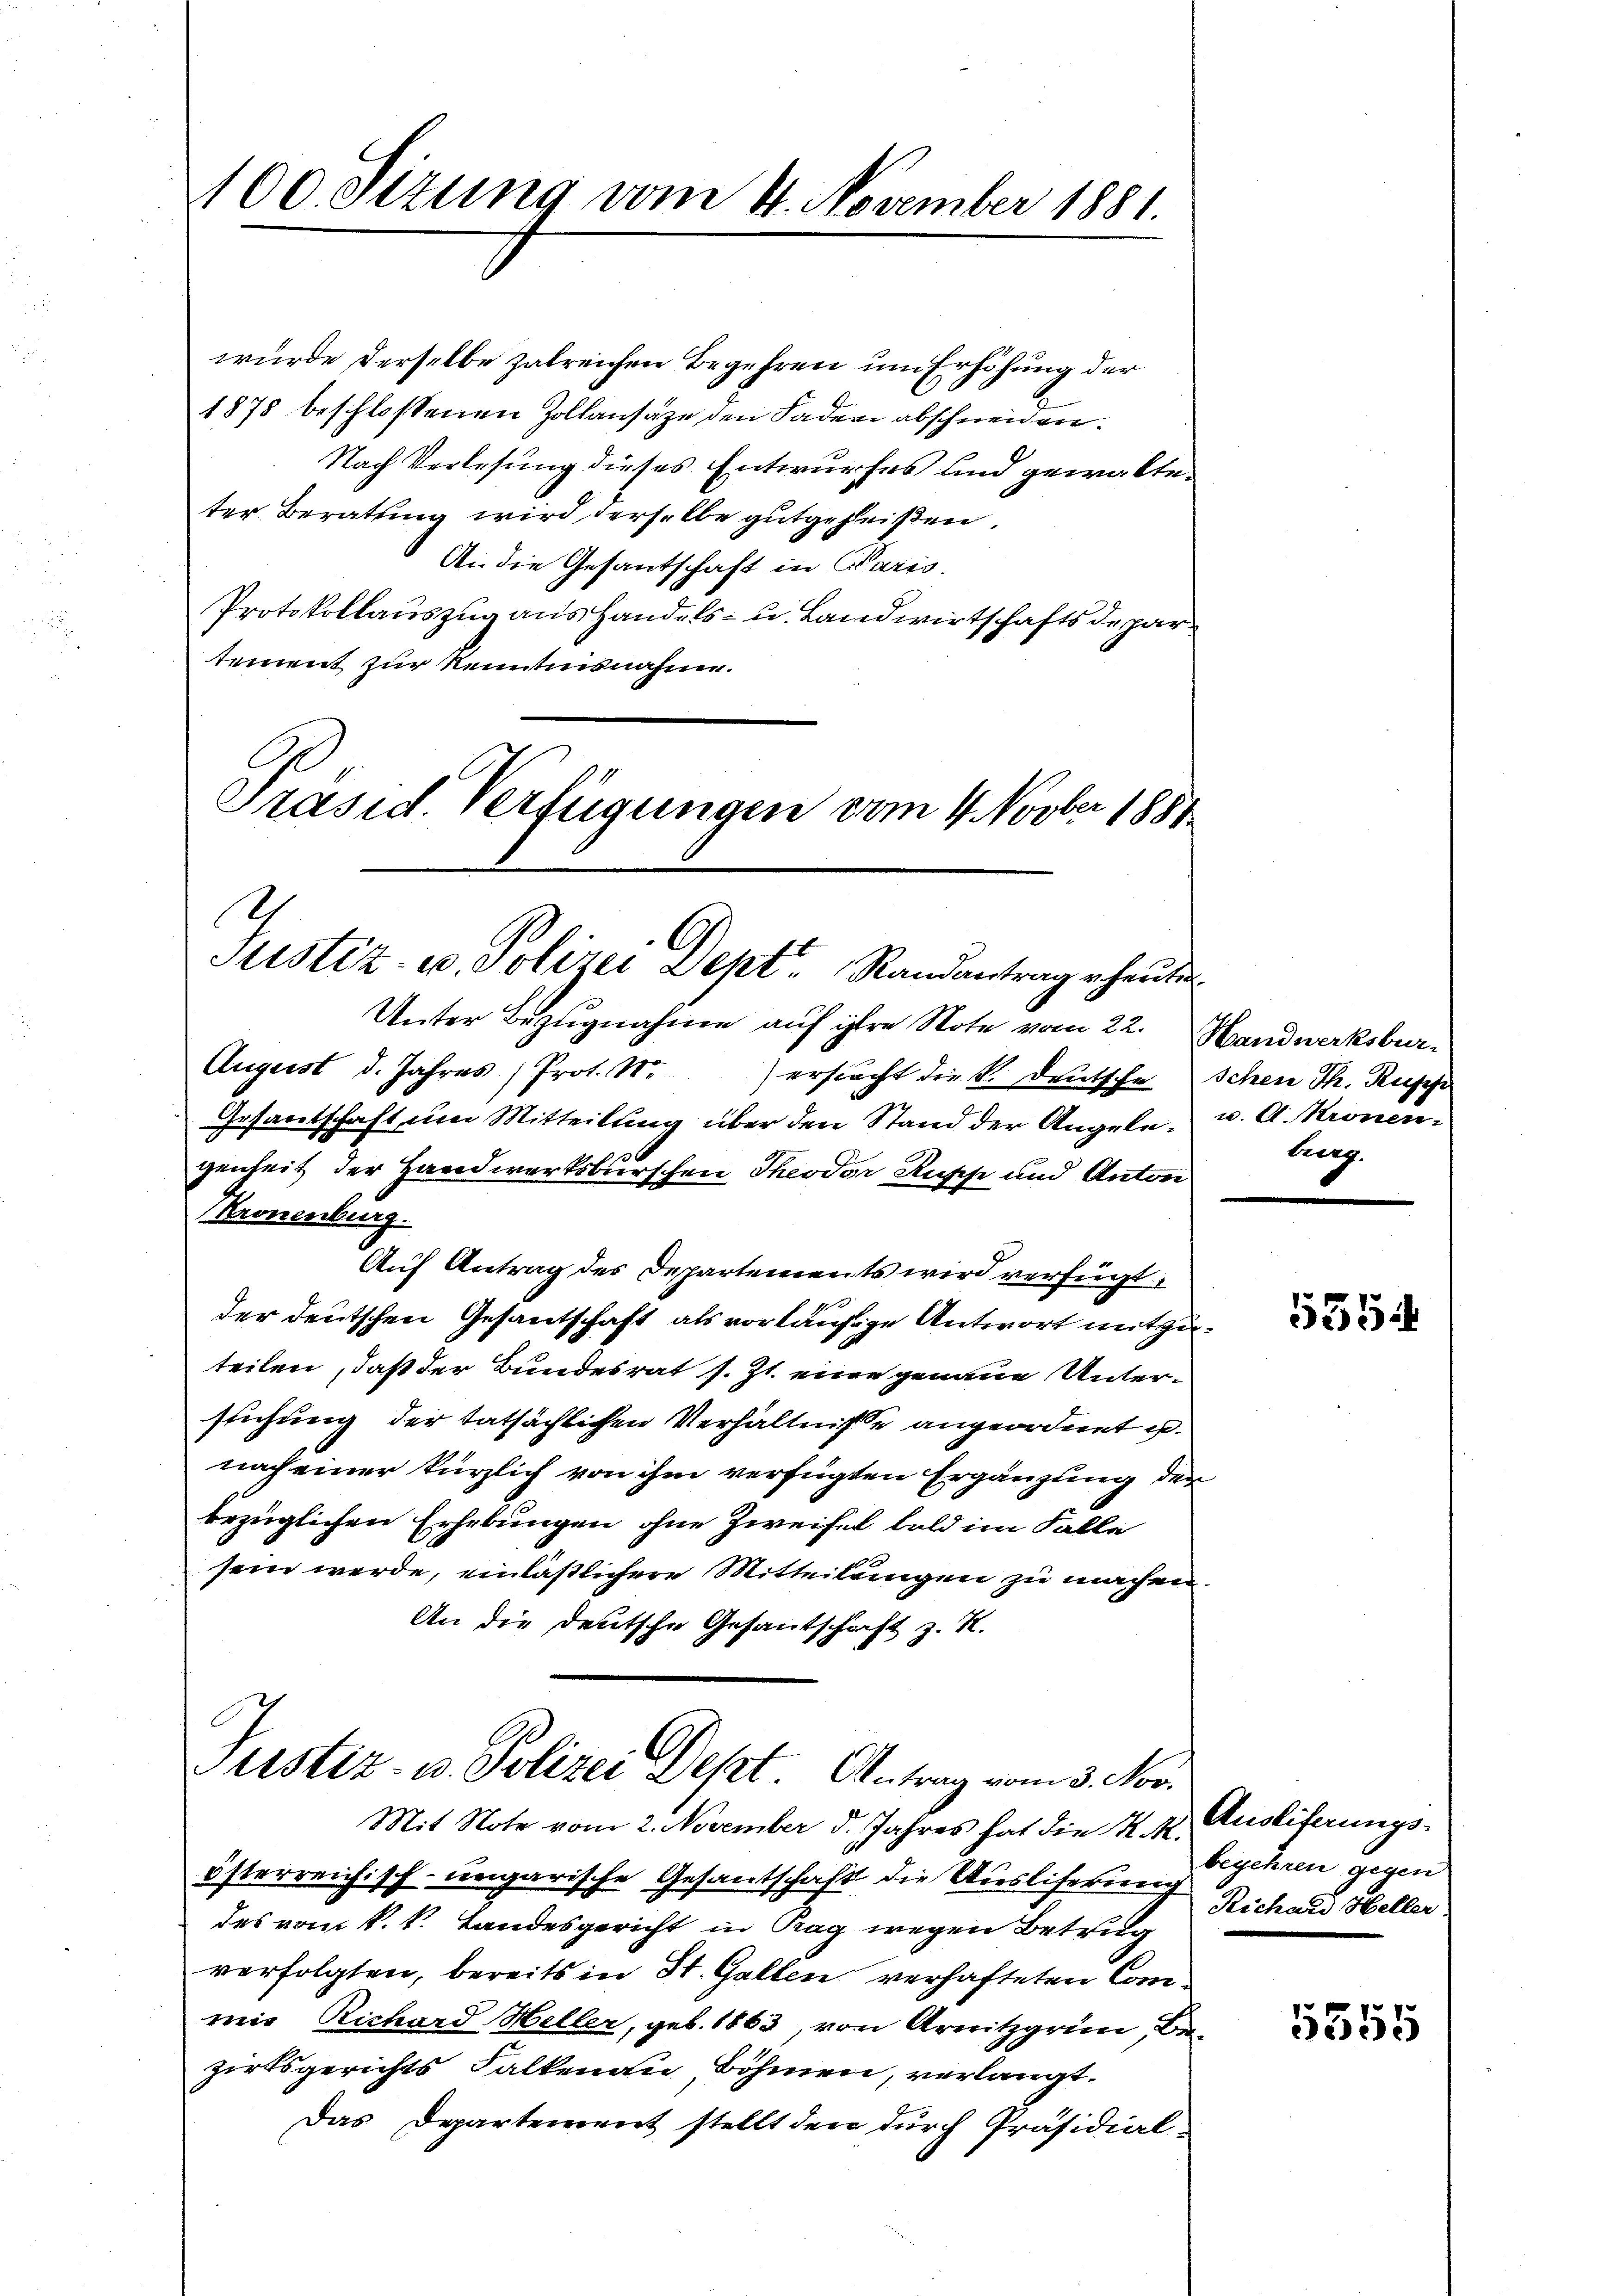
100. Sizung vom 4. November 1881.

wurde derselbe zalreichen Begehren um Erhöhung der
1878 beschlossenen Zollansätze den Faden abschneiden.
Nach Verlesung dieses Entwurfes und gewalteter Beratung wird derselbe gutgeheißen.
An die Gesantschaft in Caris.
Protokollauszug aus handels- u. Landwirtschaftsdepar
tement zur Kenntnisnahme.
Präsid. Verfügungen vom 4. Novber 1881

s
Justiz- u. Polizei Dept. Randantrag heute
Unter Bezugnahme auf ihre Note vom 22. Handwerksbur¬

Mit Note vom 2. November d. Jahres hat die K. M. Ausliferungs-

August d. Jahres Prot. N. erstacht die k. Deutsche Schen Th. Rusy
Gesantschaft um Mitteilung über den Stand der Angele- u. A. Kronengenheit der Handwerksburschen Theodor Rusche und Anton
Kronenburg.
Auf Antrag des Departements wird verfügt,
der deutschen Gesantschaft als vorläufige Antwort mitzuteilen, daß der Bundesrat s. Zt. eine genaue Unterstichung der tatsächlichen Verhältnisse angeordnet u.
nach einer kürzlich von ihm verfügten Ergänzung der
bezüglichen Erhebungen ohne Zweifel bald im Falle
sein werde, einläßlichere Mitteilungen zu machen.
An die Deutsche Gesantschaft z. R.
Justiz- u. Polizei Depet Antrag vom 3. Nov.

österreichisch-ungarische Gesantschaft die Ausliserung
des vom k. k. Landesgericht in Tag wegen Betrug
verfolgten, bereits in St. Gallen verhafteten Commir Richard Heller, geb. 1863, von Arnitzgrün, Bezirksgerichts Falkenau Böhmen, verlangt.
Das Departement stellt den durch Präsidial-

tag.

5354

begehren gegen
Richard Heller

5555